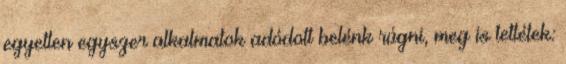
egyetlen egyszer alkalmatok adódott belénk rúgni, meg is tettétek: